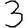
Digit: 3